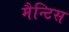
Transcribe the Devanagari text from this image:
मैन्टिस